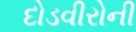
દોડવીરોની